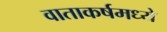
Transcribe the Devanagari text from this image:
वाताकर्षमध्ये